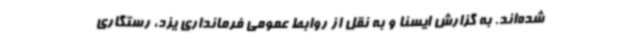
شده‌اند. به گزارش ایسنا و به نقل از روابط عمومی فرمانداری یزد، رستگاری